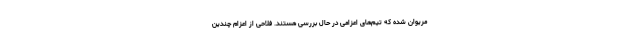
مریوان شده که تیم‌های اعزامی در حال بررسی هستند. فلاحی از اعزام چندین